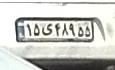
۱۵ی۴۸۹۵۵